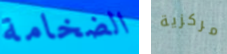
الضخامة مركزية